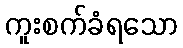
ကူးစက်ခံရသော